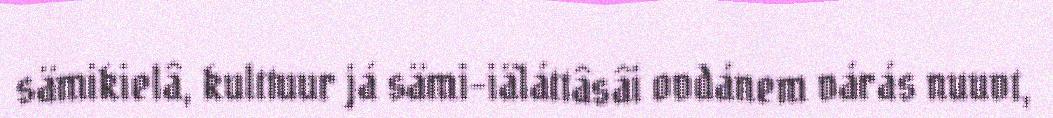
sämikielâ, kulttuur já sämi-iäláttâsâi ovdánem várás nuuvt,